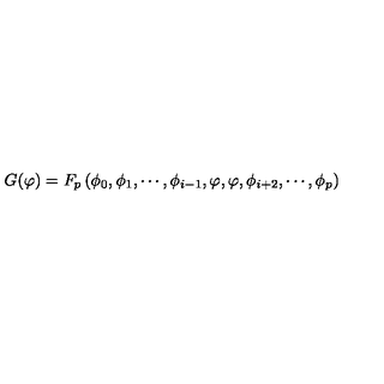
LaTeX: G ( \varphi ) = F _ { p } \left( \phi _ { 0 } , \phi _ { 1 } , \cdots , \phi _ { i - 1 } , \varphi , \varphi , \phi _ { i + 2 } , \cdots , \phi _ { p } \right)